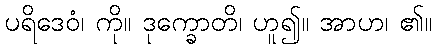
ပရိဒေဝံ၊ ကို။ ဒုက္ခောတိ၊ ဟူ၍။ အာဟ၊ ၏။